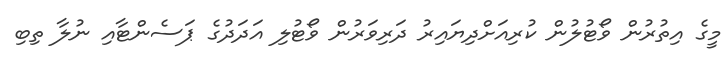
މީގެ އިތުރުން ވޯޓުލުން ކުރިއަށްދިޔައިރު ދަރިވަރުން ވޯޓުލި އަދަދުގެ ޕަސެންޓާއި ނުލާ ތިބި